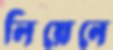
লিয়েনে